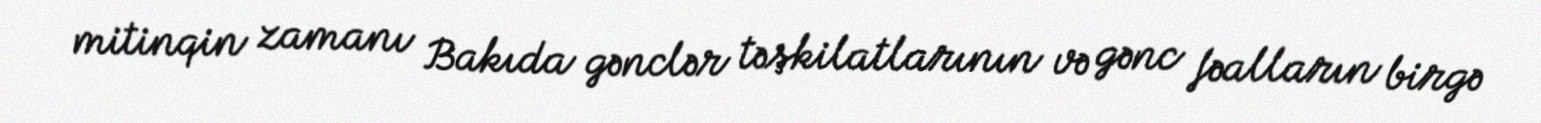
mitinqin zamanı Bakıda gənclər təşkilatlarının və gənc fəalların birgə